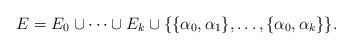
LaTeX: \begin{align*} E=E_0\cup\cdots\cup E_k\cup\{\{\alpha_0,\alpha_1\},\dots,\{\alpha_0,\alpha_k\}\}.\end{align*}